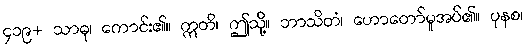
၄၁၉+ သာဓု၊ ကောင်း၏။ ဣတိ၊ ဤသို့။ ဘာသိတံ၊ ဟောတော်မူအပ်၏။ ပုနစ၊